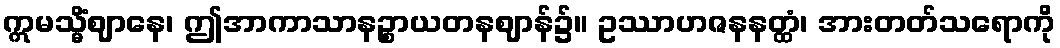
ဣမသ္မိံဈာနေ၊ ဤအာကာသာနဉ္စာယတနဈာန်၌။ ဥဿာဟဇနနတ္ထံ၊ အားတတ်သရောကို